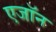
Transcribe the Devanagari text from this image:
एजॉन